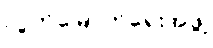
လွတ်မြောက်ရေးအဖွဲ့